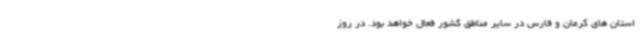
استان های کرمان و فارس در سایر مناطق کشور فعال خواهد بود. در روز